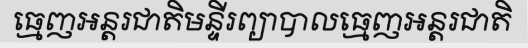
ធ្មេញអន្តរជាតិមន្ទីរព្យាបាលធ្មេញអន្តរជាតិ